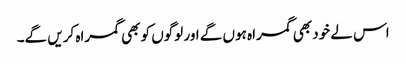
اس لے خود بھی گمراہ ہوں گے اور لوگوں کو بھی گمراہ کریں گے۔